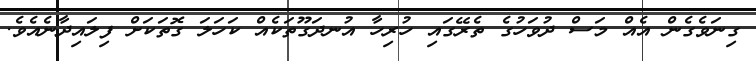
ގިނަވެގެން އެއް މަސް ދުވަހުގެ ތެރޭގައި ހުރިހާ އުނދަގޫތަކެއް ކަހަލަ ގޮތަކަށް ފިލައިދާނެއެވެ.